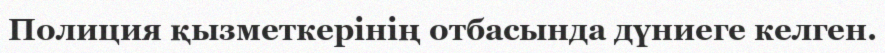
Полиция қызметкерінің отбасында дүниеге келген.